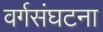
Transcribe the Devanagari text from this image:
वर्गसंघटना